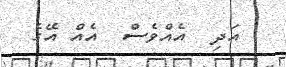
އަދި  އެއްވެސް  އެއް އޭގެ